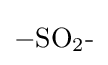
{{-}\mathrm {SO} {\vphantom {A}}_{\smash[{t}]{2}}{\text{-}}}